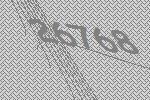
26768